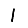
Digit: 1